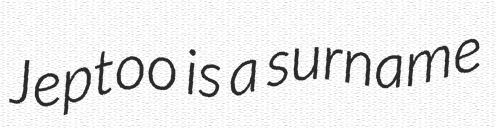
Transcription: Jeptoo is a surname